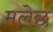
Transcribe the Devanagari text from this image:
मलेछ